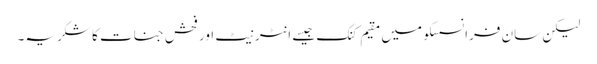
لیکن سان فرانسسکو میں مقیم کنک جیسے انٹرنیٹ اور فحش جنات کا شکریہ۔